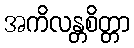
အကိလန္တစိတ္တာ